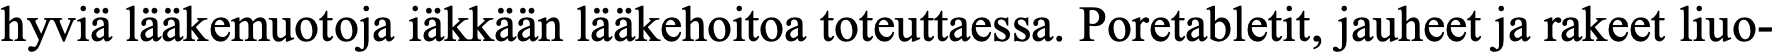
hyviä lääkemuotoja iäkkään lääkehoitoa toteuttaessa. Poretabletit, jauheet ja rakeet liuo-